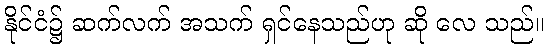
နိုင်ငံ၌ ဆက်လက် အသက် ရှင်နေသည်ဟု ဆို လေ သည်။